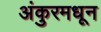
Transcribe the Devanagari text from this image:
अंकुरमधून